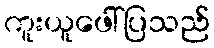
ကူးယူဖေါ်ပြသည်